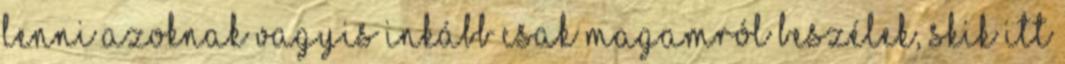
lenni azoknak vagyis inkább csak magamról beszélek, skik itt